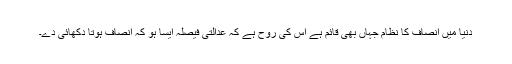
دنیا میں انصاف کا نظام جہاں بھی قائم ہے اس کی روح ہے کہ عدالتی فیصلہ ایسا ہو کہ انصاف ہوتا دکھائی دے۔